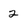
Character: 2